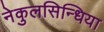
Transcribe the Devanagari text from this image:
नेकुलसिन्धिया